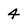
Character: 4